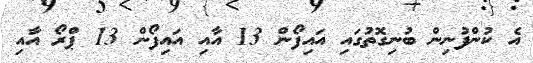
އެ ކުންފުނިން ބުނިގޮތުގައި އައިފޯން 13 އާއި އައިފޯން 13 ޕްރޯ އާއި